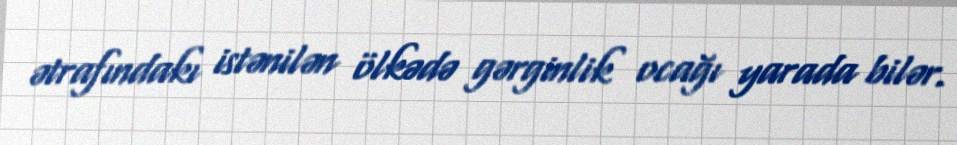
ətrafındakı istənilən ölkədə gərginlik ocağı yarada bilər.